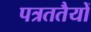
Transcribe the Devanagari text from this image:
पत्रततैयों